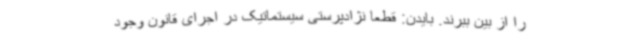
را از بین ببرند. بایدن: قطعا نژادپرستی سیستماتیک در اجرای قانون وجود